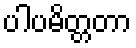
ပါပမိတ္တတာ